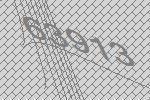
63913